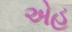
એહ